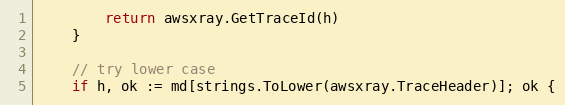
Language: Go
		return awsxray.GetTraceId(h)
	}

	// try lower case
	if h, ok := md[strings.ToLower(awsxray.TraceHeader)]; ok {